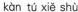
kàn tù xiě shù